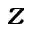
z